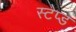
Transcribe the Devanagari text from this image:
स्टेप्ड